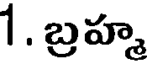
1. బ్రహ్మ